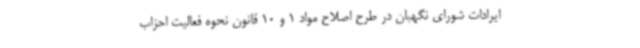
ایرادات شورای نگهبان در طرح اصلاح مواد 1 و 10 قانون نحوه فعالیت احزاب